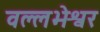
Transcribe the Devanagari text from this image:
वल्लभेश्वर